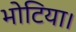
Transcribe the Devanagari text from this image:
भोटिया।